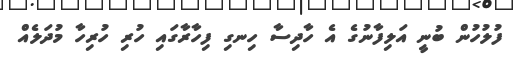
ފުލުހުން ބުނީ އަލިފާނުގެ އެ ހާދިސާ ހިނގި ފިހާރާގައި ހުރި ހުރިހާ މުދަލެއް